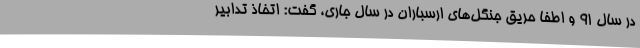
در سال 91 و اطفا حریق جنگل‌های ارسباران در سال جاری، گفت: اتخاذ تدابیر